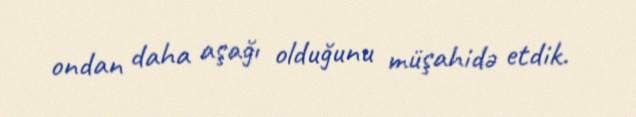
ondan daha aşağı olduğunu müşahidə etdik.